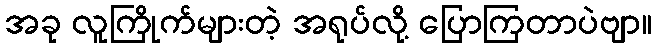
အခု လူကြိုက်များတဲ့ အရုပ်လို့ ပြောကြတာပဲဗျာ။